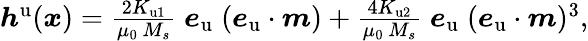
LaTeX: \begin{array}{r}{\boldsymbol{h}^{\mathrm{u}}(\boldsymbol{x})=\frac{2K_{\mathrm{u1}}}{\mu_{0}\, M_{s}}\; \boldsymbol{e}_{\mathrm{u}}\; (\boldsymbol{e}_{\mathrm{u}}\cdot\boldsymbol{m})+\frac{4K_{\mathrm{u2}}}{\mu_{0}\, M_{s}}\; \boldsymbol{e}_{\mathrm{u}}\; (\boldsymbol{e}_{\mathrm{u}}\cdot\boldsymbol{m})^{3},}\end{array}